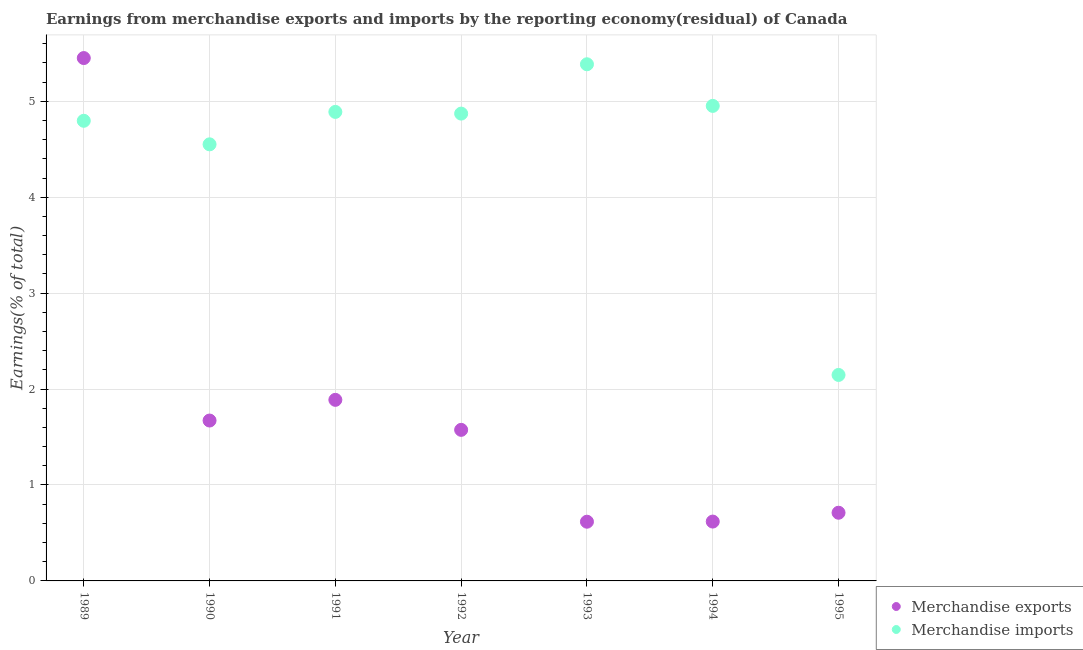
| Year | Merchandise exports | Merchandise imports |
 | --- | --- | --- |
 | 1989 | 5.45 | 4.8 |
 | 1990 | 1.67 | 4.55 |
 | 1991 | 1.89 | 4.89 |
 | 1992 | 1.57 | 4.87 |
 | 1993 | 0.617 | 5.39 |
 | 1994 | 0.619 | 4.95 |
 | 1995 | 0.711 | 2.15 |